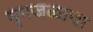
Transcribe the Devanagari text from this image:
मृगजळाचा